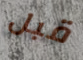
قبل